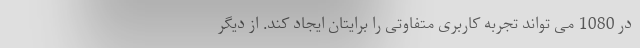
در 1080 می تواند تجربه کاربری متفاوتی را برایتان ایجاد کند. از دیگر